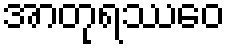
အာတုရဿေဝ